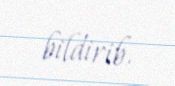
bildirib.